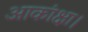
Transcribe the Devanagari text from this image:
आकांक्षा।